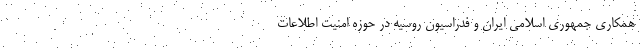
همکاری جمهوری اسلامی ایران و فدراسیون روسیه در حوزه امنیت اطلاعات